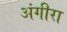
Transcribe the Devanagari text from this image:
अंगीरा